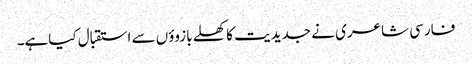
فارسی شاعری نے جدیدیت کا کھلے بازوؤں سے استقبال کیاہے۔